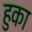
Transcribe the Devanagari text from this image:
हुका